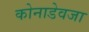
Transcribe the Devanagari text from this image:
कोनाडेवजा